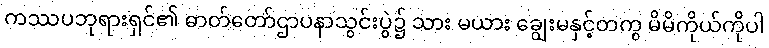
ကဿပဘုရားရှင်၏ ဓာတ်တော်ဌာပနာသွင်းပွဲ၌ သား မယား ချွေးမနှင့်တကွ မိမိကိုယ်ကိုပါ